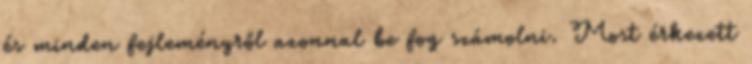
és minden fejleményről azonnal be fog számolni. Most érkezett